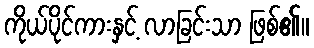
ကိုယ်ပိုင်ကားနှင့် လာခြင်းသာ ဖြစ်၏။